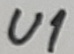
Text: U1